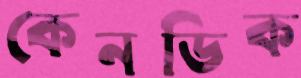
কেনডিক